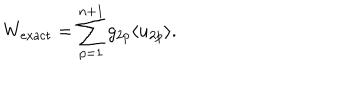
LaTeX: W _ { \mathrm { e x a c t } } = \sum _ { p = 1 } ^ { n + 1 } g _ { 2 p } \langle u _ { 2 p } \rangle .